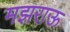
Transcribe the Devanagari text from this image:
मझराऊ